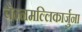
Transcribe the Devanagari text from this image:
चेन्नमल्लिकार्जुना